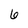
Character: 6